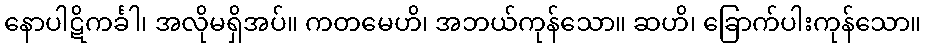
နောပါဋိကင်္ခါ၊ အလိုမရှိအပ်။ ကတမေဟိ၊ အဘယ်ကုန်သော။ ဆဟိ၊ ခြောက်ပါးကုန်သော။